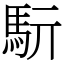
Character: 䭼